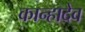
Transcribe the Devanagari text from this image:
कान्हादेव